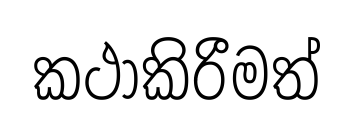
කථාකිරීමත්